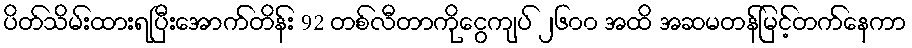
ပိတ်သိမ်းထားရပြီးအောက်တိန်း 92 တစ်လီတာကိုငွေကျပ် ၂၆၀၀ အထိ အဆမတန်မြင့်တက်နေကာ